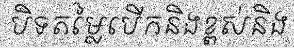
បិទតម្លៃបើកនិងខ្ពស់និង